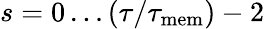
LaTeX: s=0\dots(\tau/\tau_{\mathrm{mem}})-2